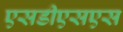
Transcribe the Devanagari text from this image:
एसडीएसएस